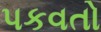
પકવતો